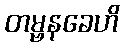
တမ္ဗနခေဟိ